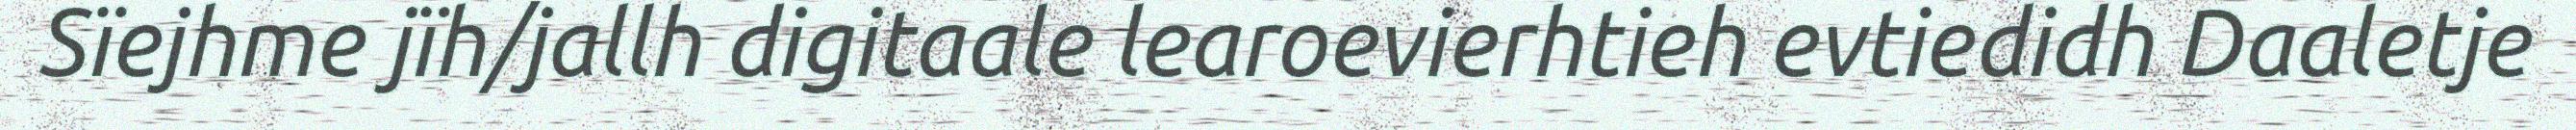
Sïejhme jïh/jallh digitaale learoevierhtieh evtiedidh Daaletje